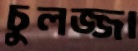
চুলজ্জা